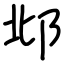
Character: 邶